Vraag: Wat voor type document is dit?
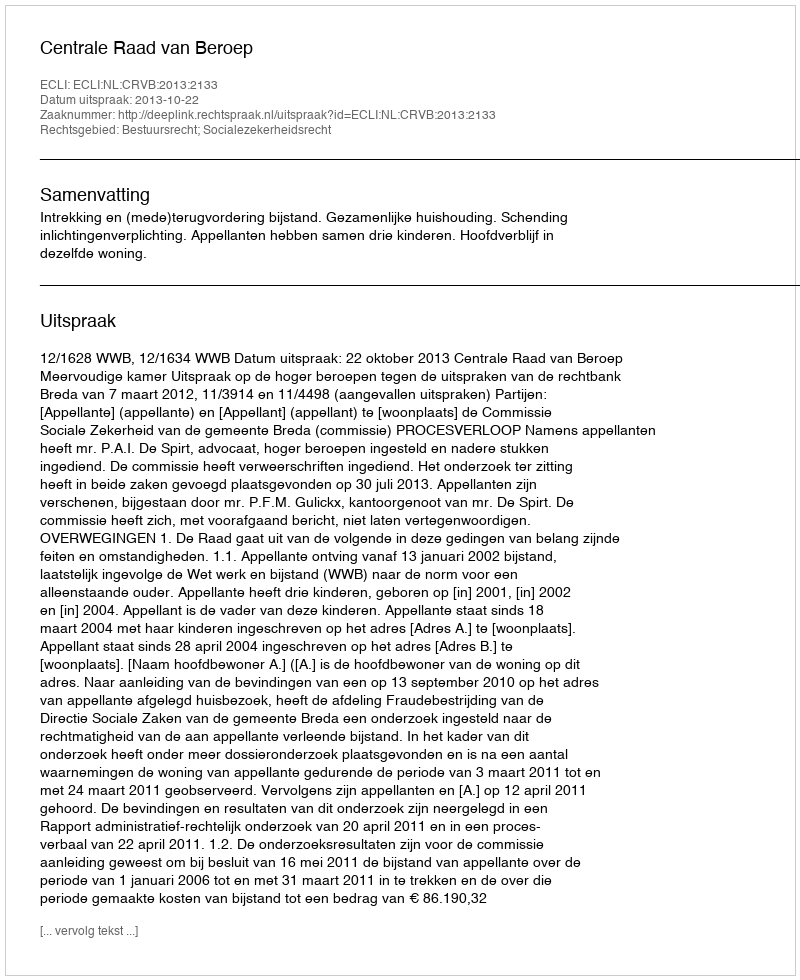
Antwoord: Uitspraak